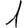
Digit: 1